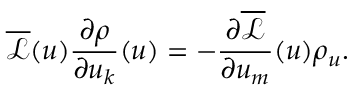
\overline { { \mathcal { L } } } ( u ) \frac { \partial \rho } { \partial u _ { k } } ( u ) = - \frac { \partial \overline { { \mathcal { L } } } } { \partial u _ { m } } ( u ) \rho _ { u } .